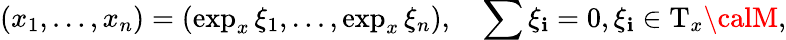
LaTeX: (x_{1},\dots,x_{n})=(\exp_{x}\xi_{1},\dots,\exp_{x}\xi_{n}),\quad\sum\xi_{\mathbf{i}}=0,\xi_{\mathbf{i}}\in\mathrm{{T}}_{x}{\calM},